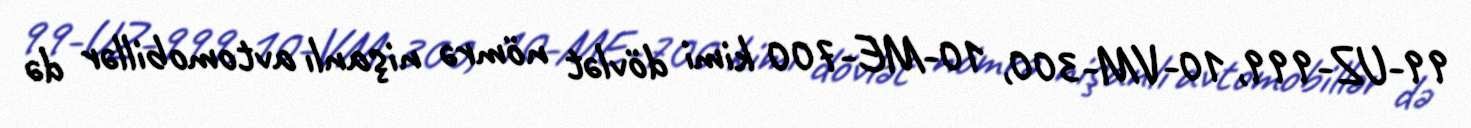
99-UZ-999, 10-VM-300, 10-ME-700 kimi dövlət nömrə nişanlı avtomobillər də